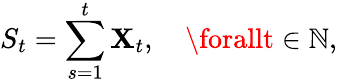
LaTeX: S_{t}=\sum_{s=1}^{t}\mathbf{X}_{t},\quad\forallt\in\mathbb{{N}},